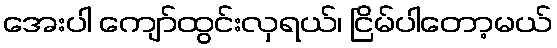
အေးပါ ကျော်ထွင်းလှရယ်၊ ငြိမ်ပါတော့မယ်